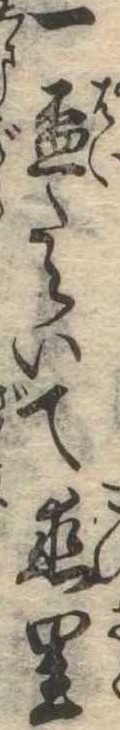
一杯たらいて恋里